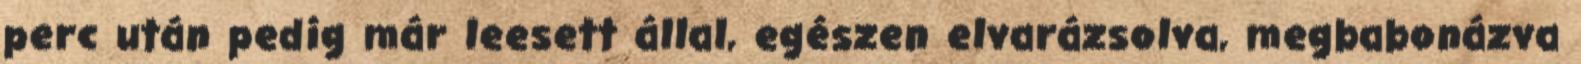
perc után pedig már leesett állal, egészen elvarázsolva, megbabonázva